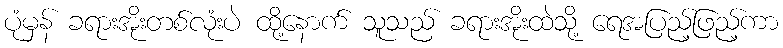
ပုံမှန် ခရားအိုးတစ်လုံးပဲ ထို့နောက် သူသည် ခရားအိုးထဲသို့ ရေအပြည့်ဖြည့်ကာ